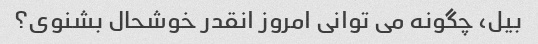
بیل، چگونه می توانی امروز انقدر خوشحال بشنوی؟